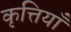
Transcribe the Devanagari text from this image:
कृत्तियाँ